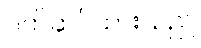
ဝတ်ဆင်ထားသည်